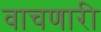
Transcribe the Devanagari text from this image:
वाचणारी